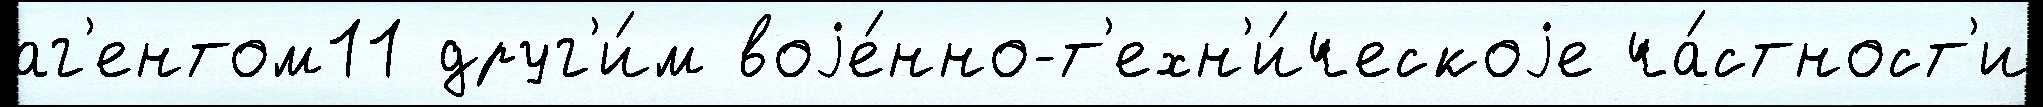
аг'ентом11 друг'и́м воjе́нно-т'ехн'и́ческоjе ча́стност'и